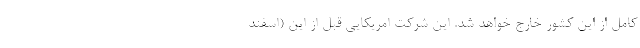
کامل از این کشور خارج خواهد شد. این شرکت امریکایی قبل از این (اسفند